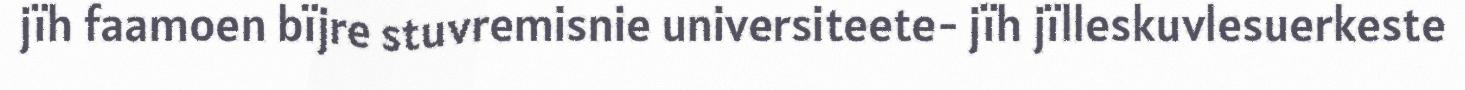
jïh faamoen bïjre stuvremisnie universiteete- jïh jïlleskuvlesuerkeste